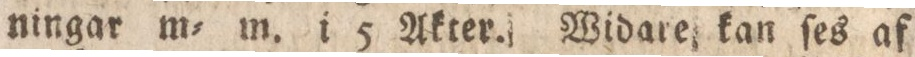
ningar m= m. i 5 Akter. Widare kan ſes af